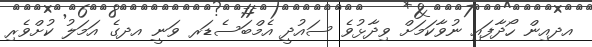
އދއިން ހޯދާފައި ނުވާކަމަށް ވިދާޅުވެ ސައުދީ އެމްބަސެޑަރ ވަނީ އދގެ އަމަލު ކުށްވެރި